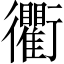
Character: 衢